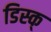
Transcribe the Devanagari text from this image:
डिस्क्